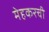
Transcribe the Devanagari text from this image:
मेहकरची